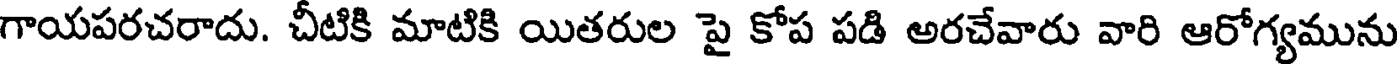
గాయపరచరాదు. చీటికి మాటికి యితరుల పై కోప పడి అరచేవారు వారి ఆరోగ్యమును